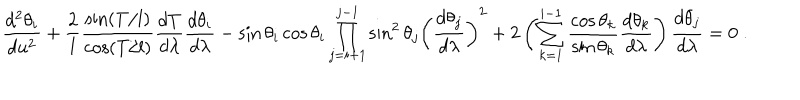
\displaystyle \frac { d ^ { 2 } \theta _ { i } } { d u ^ { 2 } } + \frac { 2 } { l } \frac { \sin ( T / l ) } { \cos ( T / l ) } \frac { d T } { d \lambda } \frac { d \theta _ { i } } { d \lambda } - \sin \theta _ { i } \cos \theta _ { i } \prod _ { j = i + 1 } ^ { j - 1 } \sin ^ { 2 } \theta _ { j } \left( \frac { d \theta _ { j } } { d \lambda } \right) ^ { 2 } + 2 \left( \sum _ { k = 1 } ^ { i - 1 } \frac { \cos \theta _ { k } } { \sin \theta _ { k } } \frac { d \theta _ { k } } { d \lambda } \right) \frac { d \theta _ { j } } { d \lambda } = 0 \; .